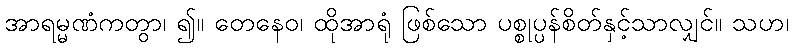
အာရမ္မဏံကတွာ၊ ၍။ တေနေဝ၊ ထိုအာရုံ ဖြစ်သော ပစ္စုပ္ပန်စိတ်နှင့်သာလျှင်။ သဟ၊